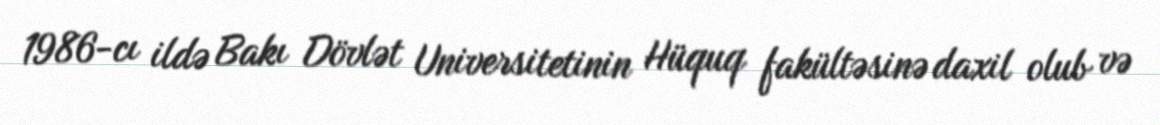
1986-cı ildə Bakı Dövlət Universitetinin Hüquq fakültəsinə daxil olub və